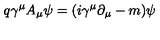
q \gamma ^ { \mu } A _ { \mu } \psi = ( i \gamma ^ { \mu } \partial _ { \mu } - m ) \psi